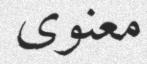
معنوى